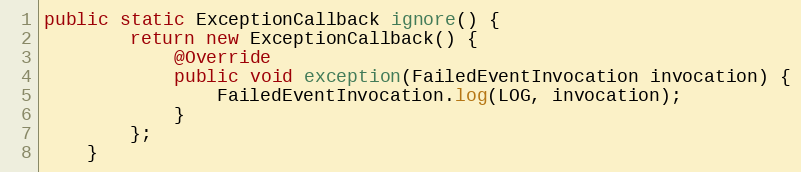
Language: Java
public static ExceptionCallback ignore() {
        return new ExceptionCallback() {
            @Override
            public void exception(FailedEventInvocation invocation) {
                FailedEventInvocation.log(LOG, invocation);
            }
        };
    }